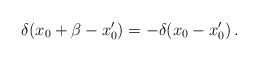
LaTeX: \begin{align*}\delta(x_0 + \beta - x_0') = - \delta(x_0 - x_0') \,.\end{align*}